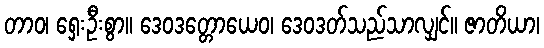
တာဝ၊ ရှေးဦးစွာ။ ဒေဝဒတ္တောယေဝ၊ ဒေဝဒတ်သည်သာလျှင်။ ဇာတိယာ၊